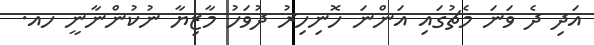
އަދި ދެ ވަނަ މެޗުގައި އަންނަ ހޮނިހިރު ދުވަހު މާޒިޔާ ނުކުންނާނީ ހއ.